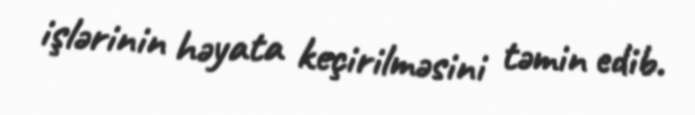
işlərinin həyata keçirilməsini təmin edib.